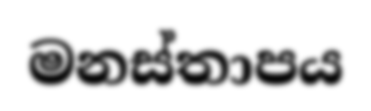
මනස්තාපය